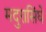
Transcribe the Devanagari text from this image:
मदुरासिंघे